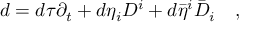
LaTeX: d = d \tau \partial _ { t } + d \eta _ { i } D ^ { i } + d \bar { \eta } ^ { i } \bar { D } _ { i } \quad ,